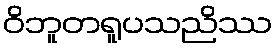
ဝိဘူတရူပသညိဿ